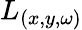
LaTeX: L_{(x,y,\omega)}